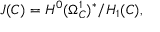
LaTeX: J ( C ) = H ^ { 0 } ( \Omega _ { C } ^ { 1 } ) ^ { * } / H _ { 1 } ( C ) ,